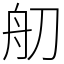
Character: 舠